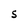
Character: S